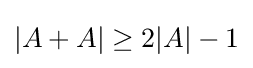
|A+A|\geq 2|A|-1